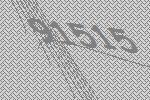
91515